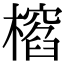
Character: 𣛱